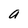
Character: a